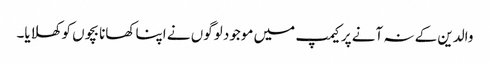
والدین کے نہ آنے پر کیمپ میں موجود لوگوں نے اپنا کھانا بچوں کو کھلایا۔